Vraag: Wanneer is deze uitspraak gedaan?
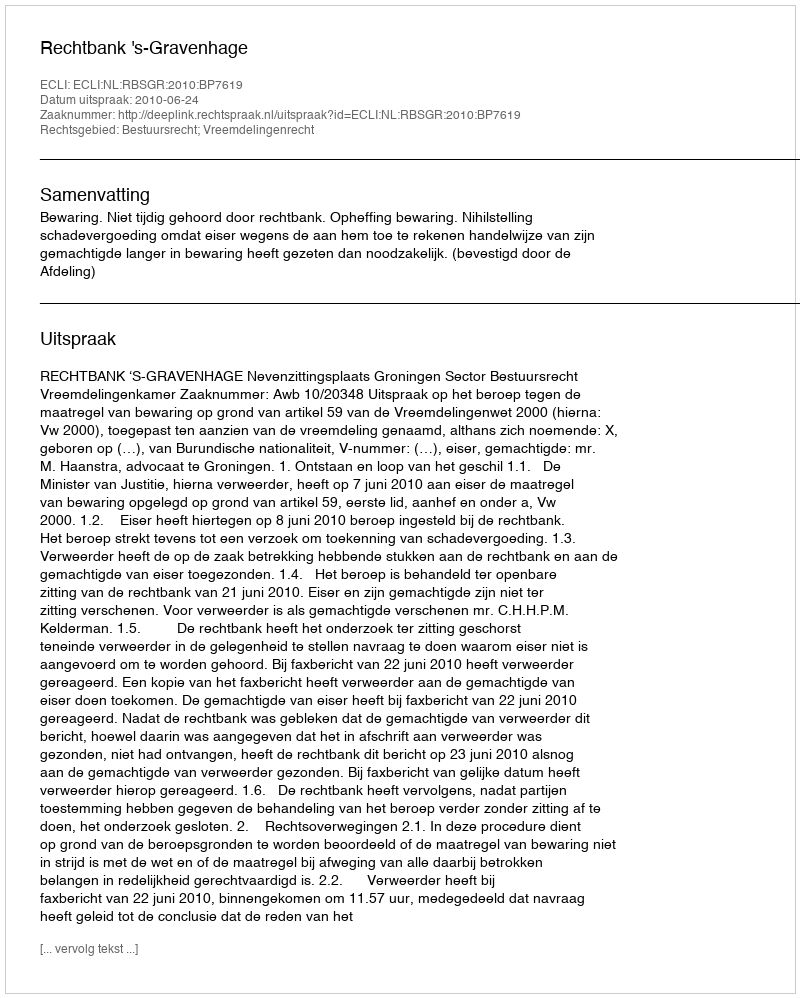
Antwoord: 2010-06-24